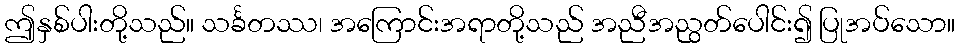
ဤနှစ်ပါးတို့သည်။ သင်္ခတဿ၊ အကြောင်းအရာတို့သည် အညီအညွတ်ပေါင်း၍ ပြုအပ်သော။